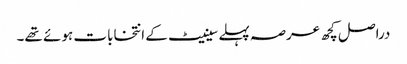
دراصل کچھ عرصہ پہلے سینیٹ کے انتخابات ہوئے تھے۔